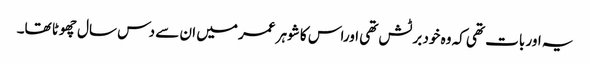
یہ اور بات تھی کہ وہ خود برٹش تھی اوراس کا شوہر عمر میں ان سے دس سال چھوٹا تھا۔